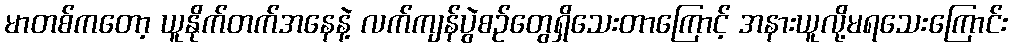
မာတစ်ကတော့ ယူနိုက်တက်အနေနဲ့ လက်ကျန်ပွဲစဉ်တွေရှိသေးတာကြောင့် အနားယူလို့မရသေးကြောင်း